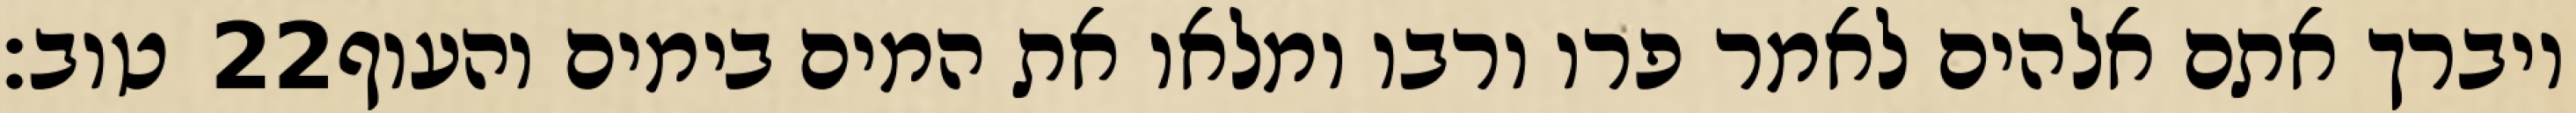
טוב׃ ‎22‏ ויברך אתם אלהים לאמר פרו ורבו ומלאו את המים בימים והעוף